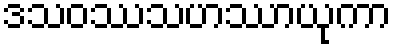
ဒသဝဿသဟဿာယုကာ